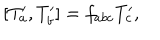
LaTeX: \lbrack T _ { a } ^ { \prime } , T _ { b } ^ { \prime } ] = f _ { a b c } T _ { c } ^ { \prime } ,